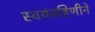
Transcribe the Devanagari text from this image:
स्वयंबहिणीने